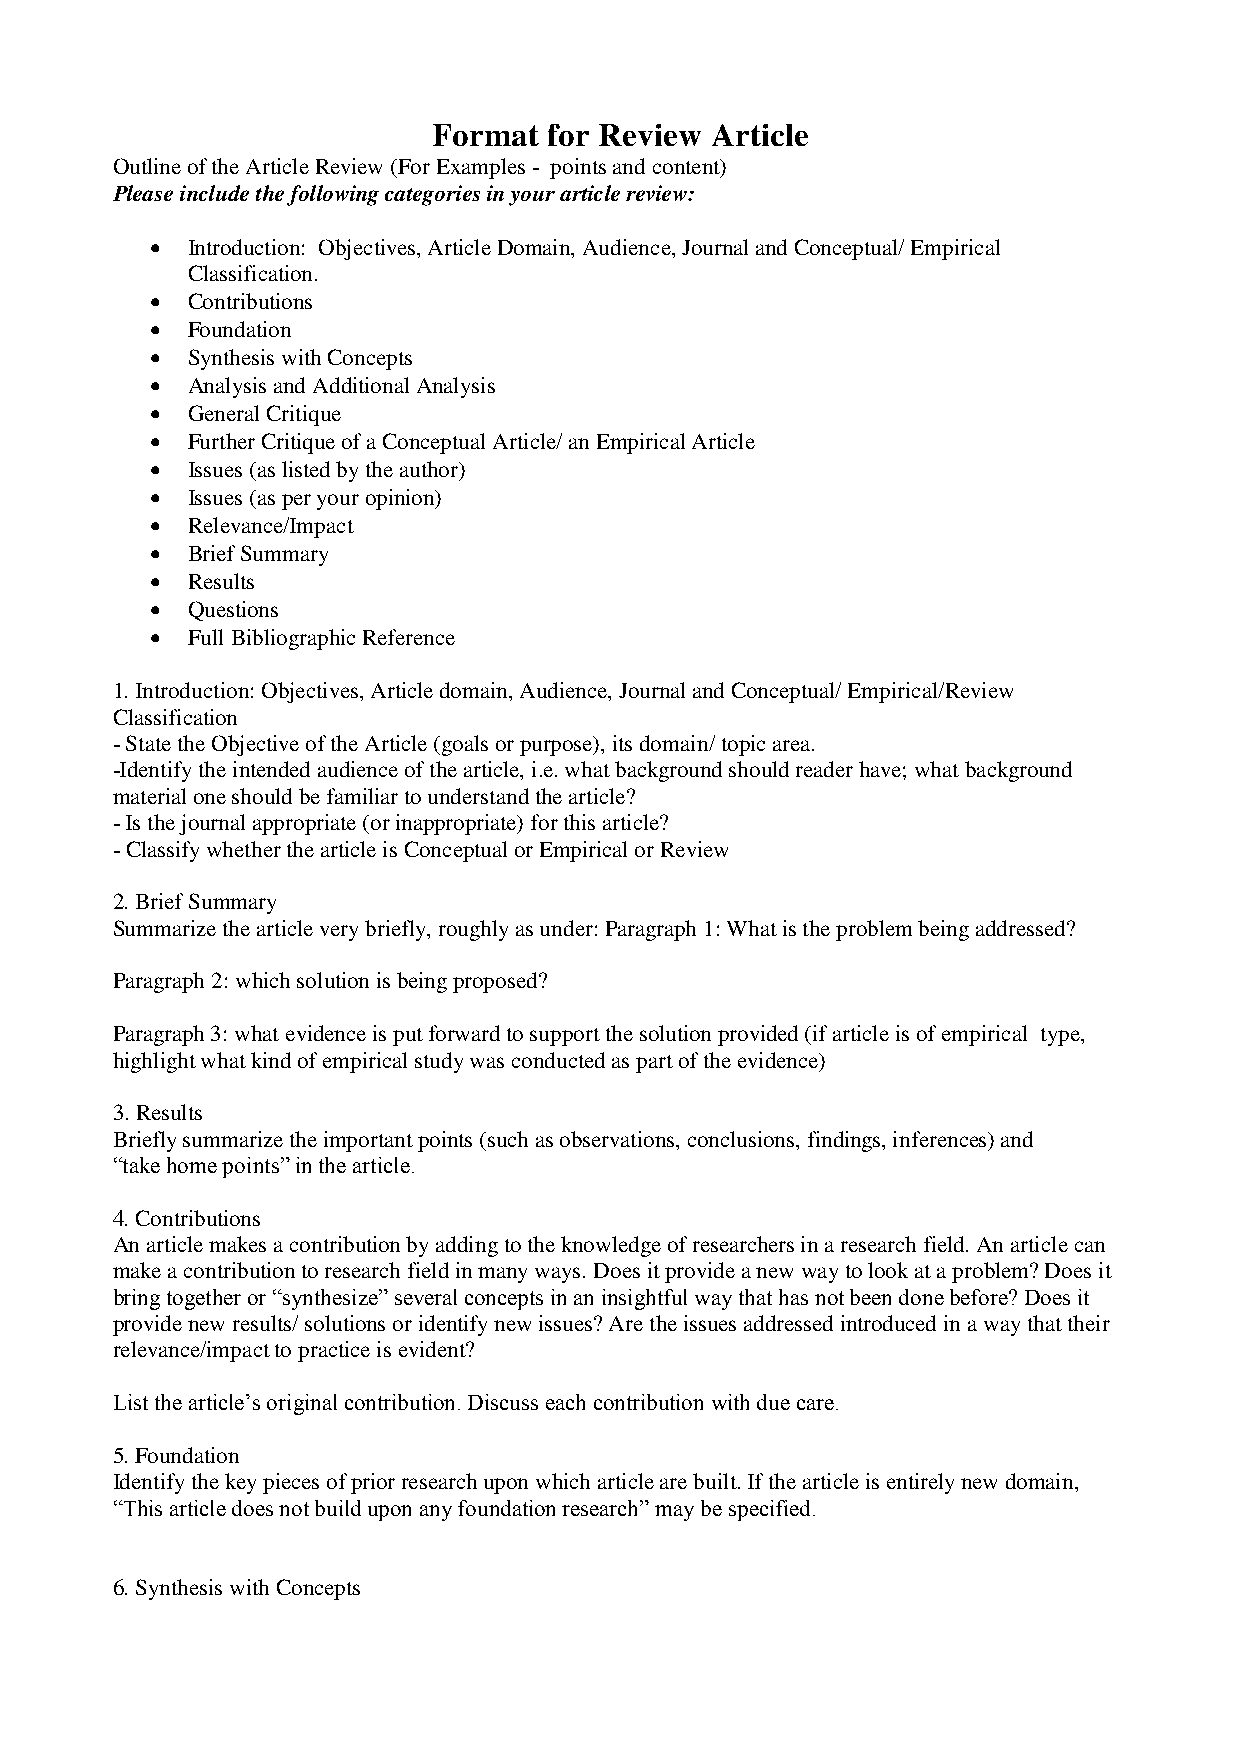
Format for Review Article
 Outline of the Article Review (For Examples - points and content)
 Please include the following categories in your article review:
  Introduction: Objectives, Article Domain, Audience, Journal and Conceptual/ Empirical
 Classification.
  Contributions
  Foundation
  Synthesis with Concepts
  Analysis and Additional Analysis
  General Critique
  Further Critique of a Conceptual Article/ an Empirical Article
  Issues (as listed by the author)
  Issues (as per your opinion)
  Relevance/Impact
  Brief Summary
  Results
  Questions
  Full Bibliographic Reference
 1. Introduction: Objectives, Article domain, Audience, Journal and Conceptual/ Empirical/Review
 Classification
 - State the Objective of the Article (goals or purpose), its domain/ topic area.
 -Identify the intended audience of the article, i.e. what background should reader have; what background
 material one should be familiar to understand the article?
 - Is the journal appropriate (or inappropriate) for this article?
 - Classify whether the article is Conceptual or Empirical or Review
 2. Brief Summary
 Summarize the article very briefly, roughly as under: Paragraph 1: What is the problem being addressed?
 Paragraph 2: which solution is being proposed?
 Paragraph 3: what evidence is put forward to support the solution provided (if article is of empirical type,
 highlight what kind of empirical study was conducted as part of the evidence)
 3. Results
 Briefly summarize the important points (such as observations, conclusions, findings, inferences) and
 “take home points” in the article.
 4. Contributions
 An article makes a contribution by adding to the knowledge of researchers in a research field. An article can
 make a contribution to research field in many ways. Does it provide a new way to look at a problem? Does it
 bring together or “synthesize” several concepts in an insightful way that has not been done before? Does it
 provide new results/ solutions or identify new issues? Are the issues addressed introduced in a way that their
 relevance/impact to practice is evident?
 List the article’s original contribution. Discuss each contribution with due care.
 5. Foundation
 Identify the key pieces of prior research upon which article are built. If the article is entirely new domain,
 “This article does not build upon any foundation research” may be specified.
 6. Synthesis with Concepts